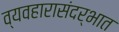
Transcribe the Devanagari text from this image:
व्यवहारासंदर्भात